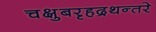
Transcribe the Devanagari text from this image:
चक्षुबरृहद्रथन्तरे